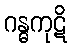
ဂန္ဓကုဋိ